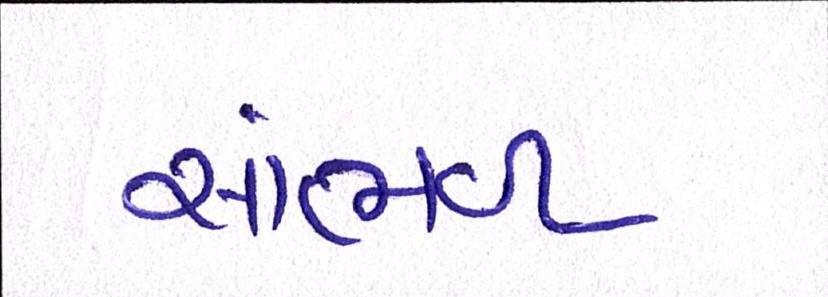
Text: સાંભળ